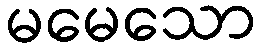
မမေသော